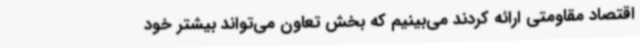
اقتصاد مقاومتی ارائه کردند می‌بینیم که بخش تعاون می‌تواند بیشتر خود